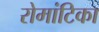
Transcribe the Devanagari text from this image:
रोमांटिका